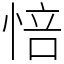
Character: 㥉